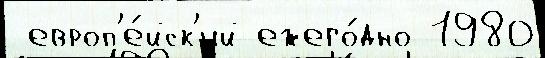
 европ'е́йск'ий ежего́дно 1980